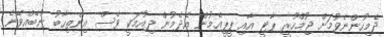
ދެމިހުންނެވުމަށް ޖުމްހޫރީ ޕާޓީ އާއި ޕީޕީއެމުން އެދެމުން ދިއުމަކީ ވެސް އިންތިހާބު ނުބޭއްވޭނެ